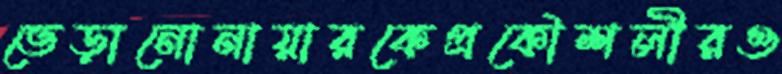
ভেড়ানোনায়ারকেপ্রকৌশলীরও